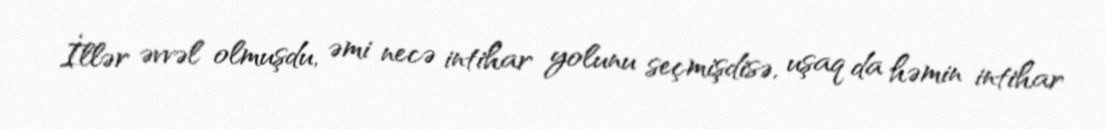
İllər əvvəl olmuşdu, əmi necə intihar yolunu seçmişdisə, uşaq da həmin intihar